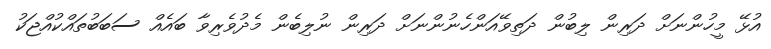
އުޅޭ މީހުންނަށް ދަރިން ލިބުން ދަތިވޭއަންހެނުންނަށް ދަރިން ނުލިބެން މެދުވެރިވާ ބައެއް ސަބަބުތައްކުއްޖަކު